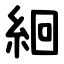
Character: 絗